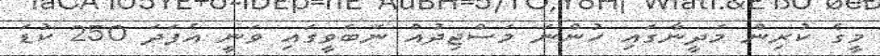
މީގެ ކުރިން މަދީނާގައި ހުންނަ މަސްޖިދުއް ނަބަވީގައި ވަނީ އެފަދަ 250 ކުޑަ